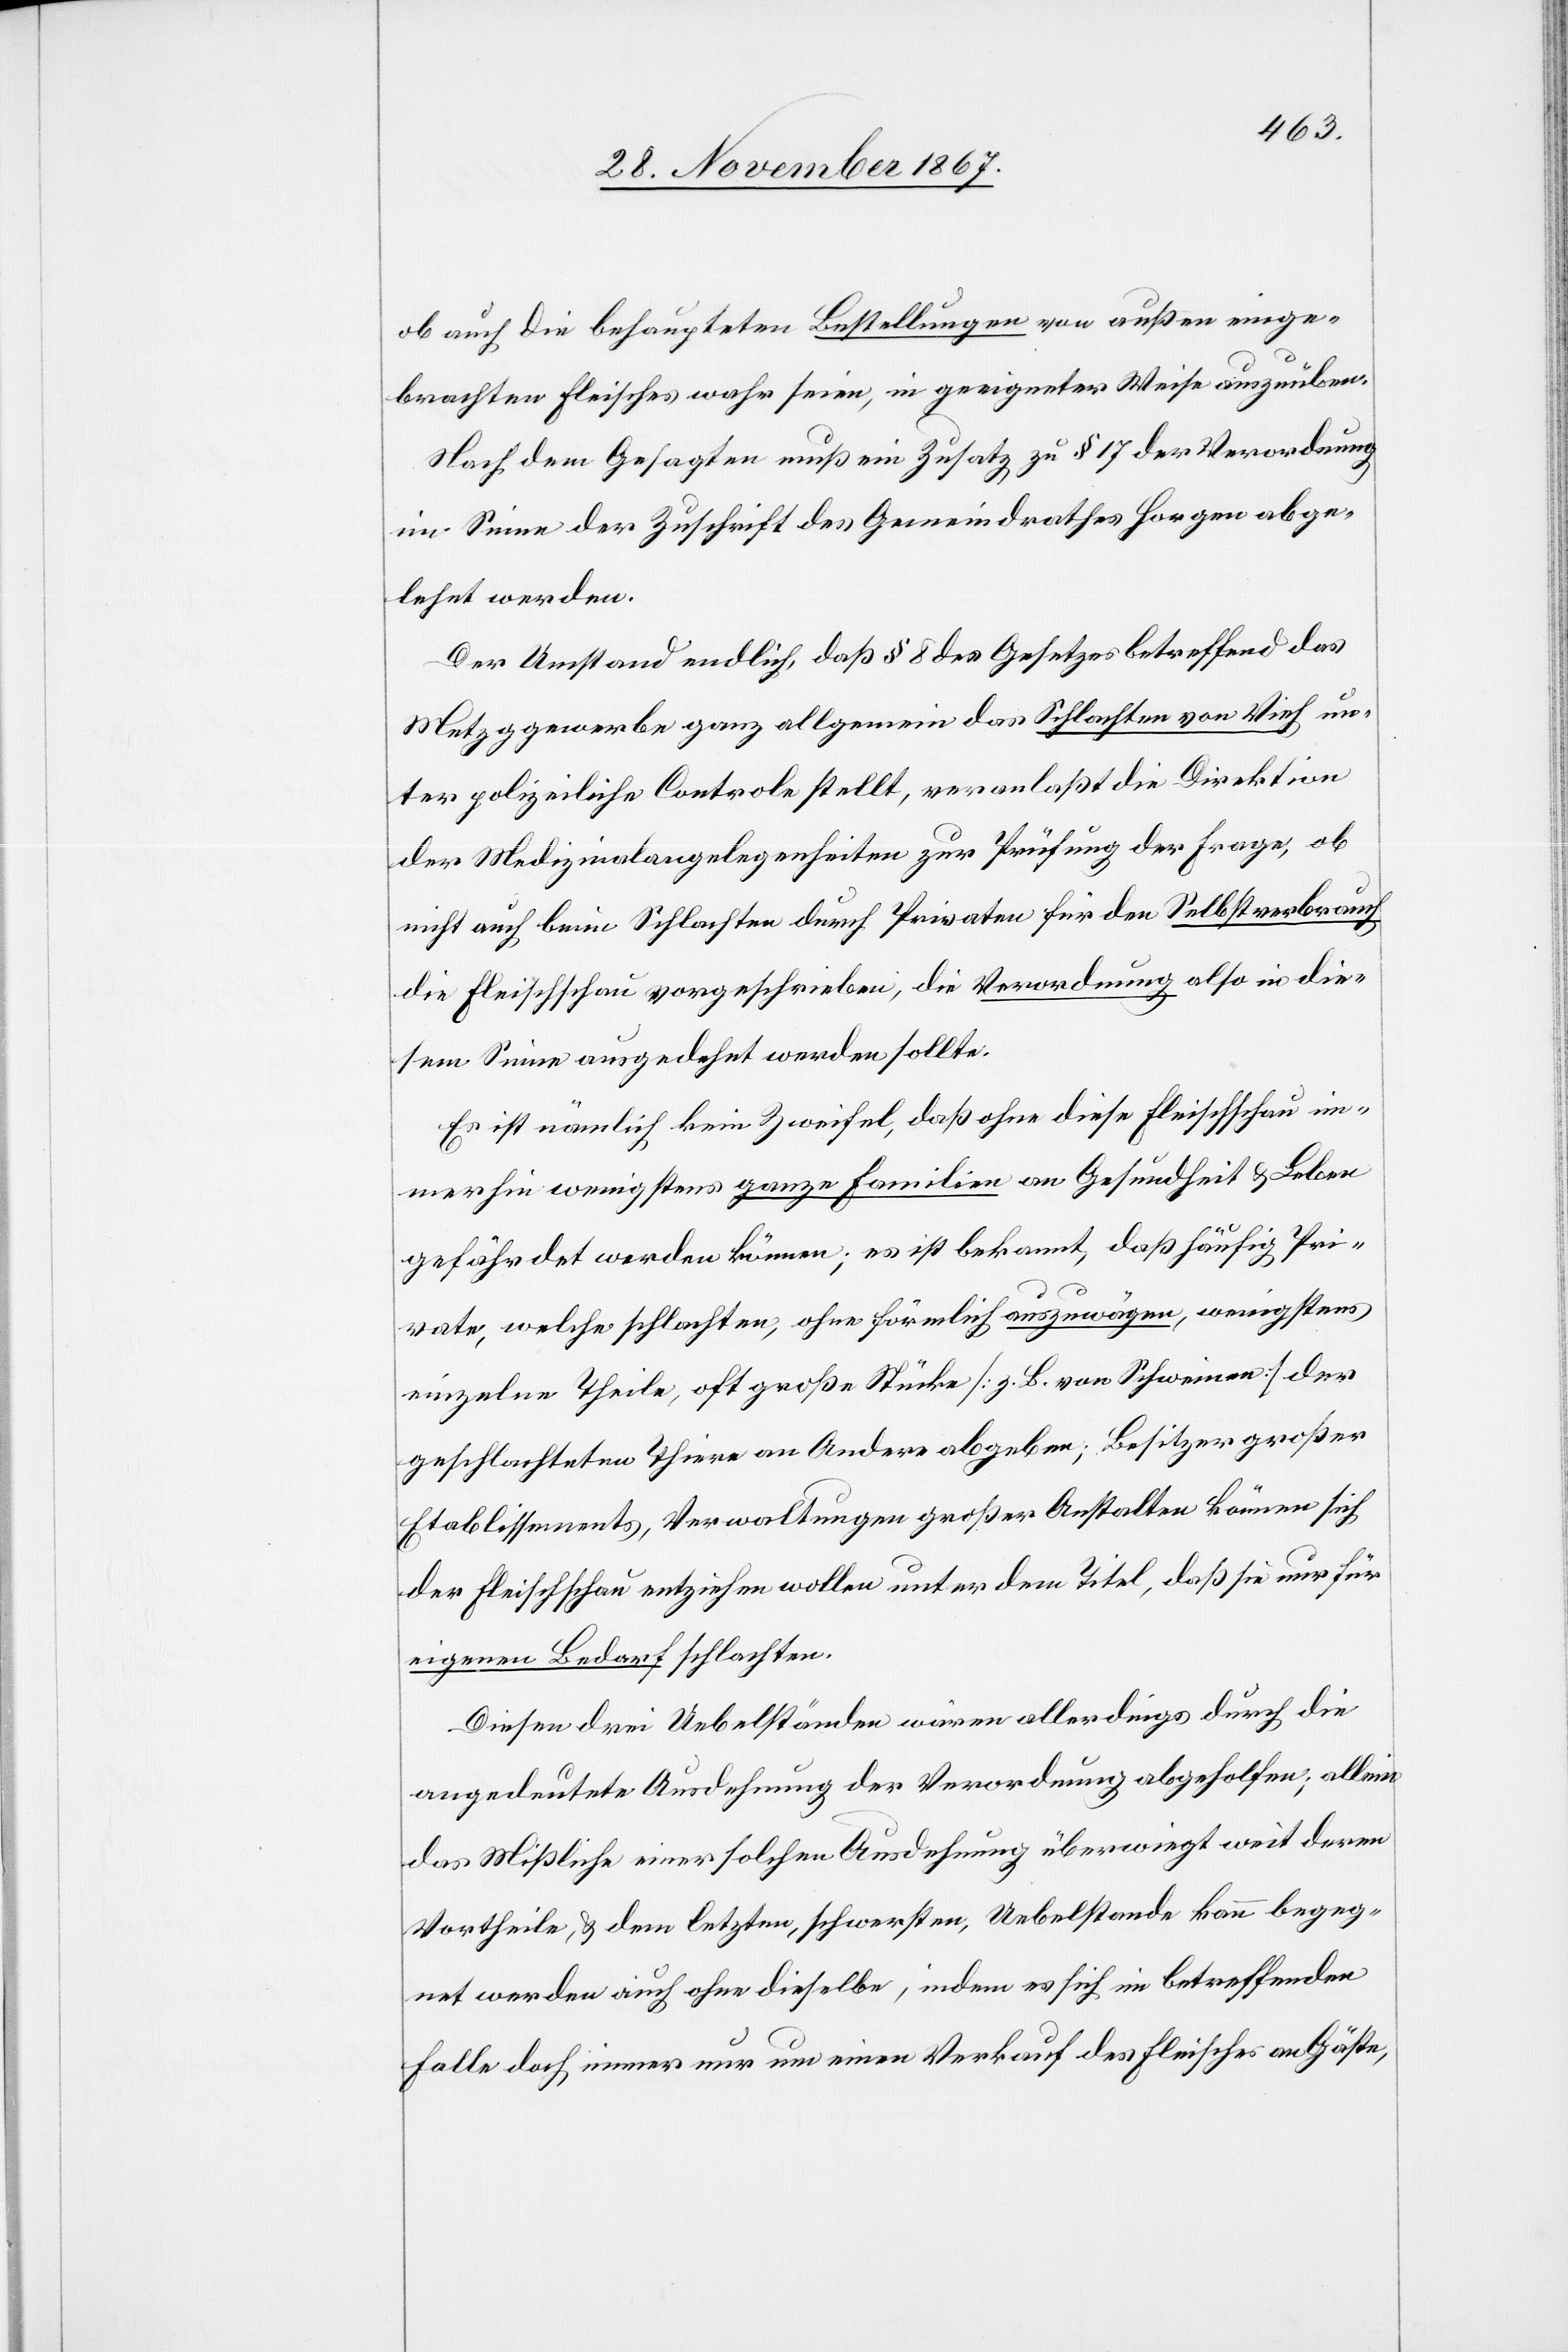
ob auch die behaupteten Bestellungen von außen einge¬
brachten Fleisches wahr seien, in geeigneter Weise auszuüben.
Nach dem Gesagten muß ein Zusatz zu § 17 der Verordnung
im Sinne der Zuschrift des Gemeindrathes Horgen abge¬
lehnt werden.
Der Umstand endlich, daß § 8 des Gesetzes betreffend das
Metzggewerbe ganz allgemein das Schlachten von Vieh un¬
ter polizeiliche Controle stellt, veranlaßt die Direktion
der Medizinalangelegenheiten zur Prüfung der Frage, ob
nicht auch beim Schlachten durch Privaten für den Selbstverbrauch
die Fleischschau vorgeschrieben, die Verordnung also in die¬
sem Sinne ausgedehnt werden sollte.
Es ist nämlich kein Zweifel, daß ohne diese Fleischschau im¬
merhin wenigstens ganze Familien an Gesundheit u. Leben
gefährdet werden können; es ist bekannt, daß häufig Pri¬
vate, welche schlachten, ohne förmlich auszuwägen, wenigstens
einzelne Theile, oft große Stücke [z. B. von Schweinen] der
geschlachteten Thiere an Andere abgeben; Besitzer großer
Etablissements, Verwaltungen großer Anstalten können sich
der Fleischschau entziehen wollen unter dem Titel, daß sie nur für
eigenen Bedarf schlachten.
Diesen drei Uebelständen wären allerdings durch die
angedeutete Ausdehnung der Verordnung abgeholfen; allein
das Mißliche einer solchen Ausdehnung überwiegt weit deren
Vortheile, u. dem letzten, schwersten, Uebelstande kann begeg¬
net werden auch ohne dieselbe, indem es sich im betreffenden
Falle doch immer nur um einen Verkauf des Fleisches an Gäste,